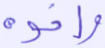
وأخوه